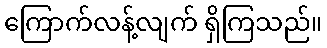
ကြောက်လန့်လျက် ရှိကြသည်။